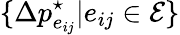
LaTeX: \{ \Delta p_{e_{ij}}^{\star}|e_{ij}\in\mathcal{E}\}